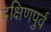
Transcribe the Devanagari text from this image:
दक्षिणपुर्व